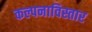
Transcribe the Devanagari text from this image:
कल्पनाविस्तार